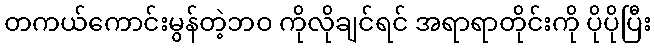
တကယ်ကောင်းမွန်တဲ့ဘဝ ကိုလိုချင်ရင် အရာရာတိုင်းကို ပိုပိုပြီး